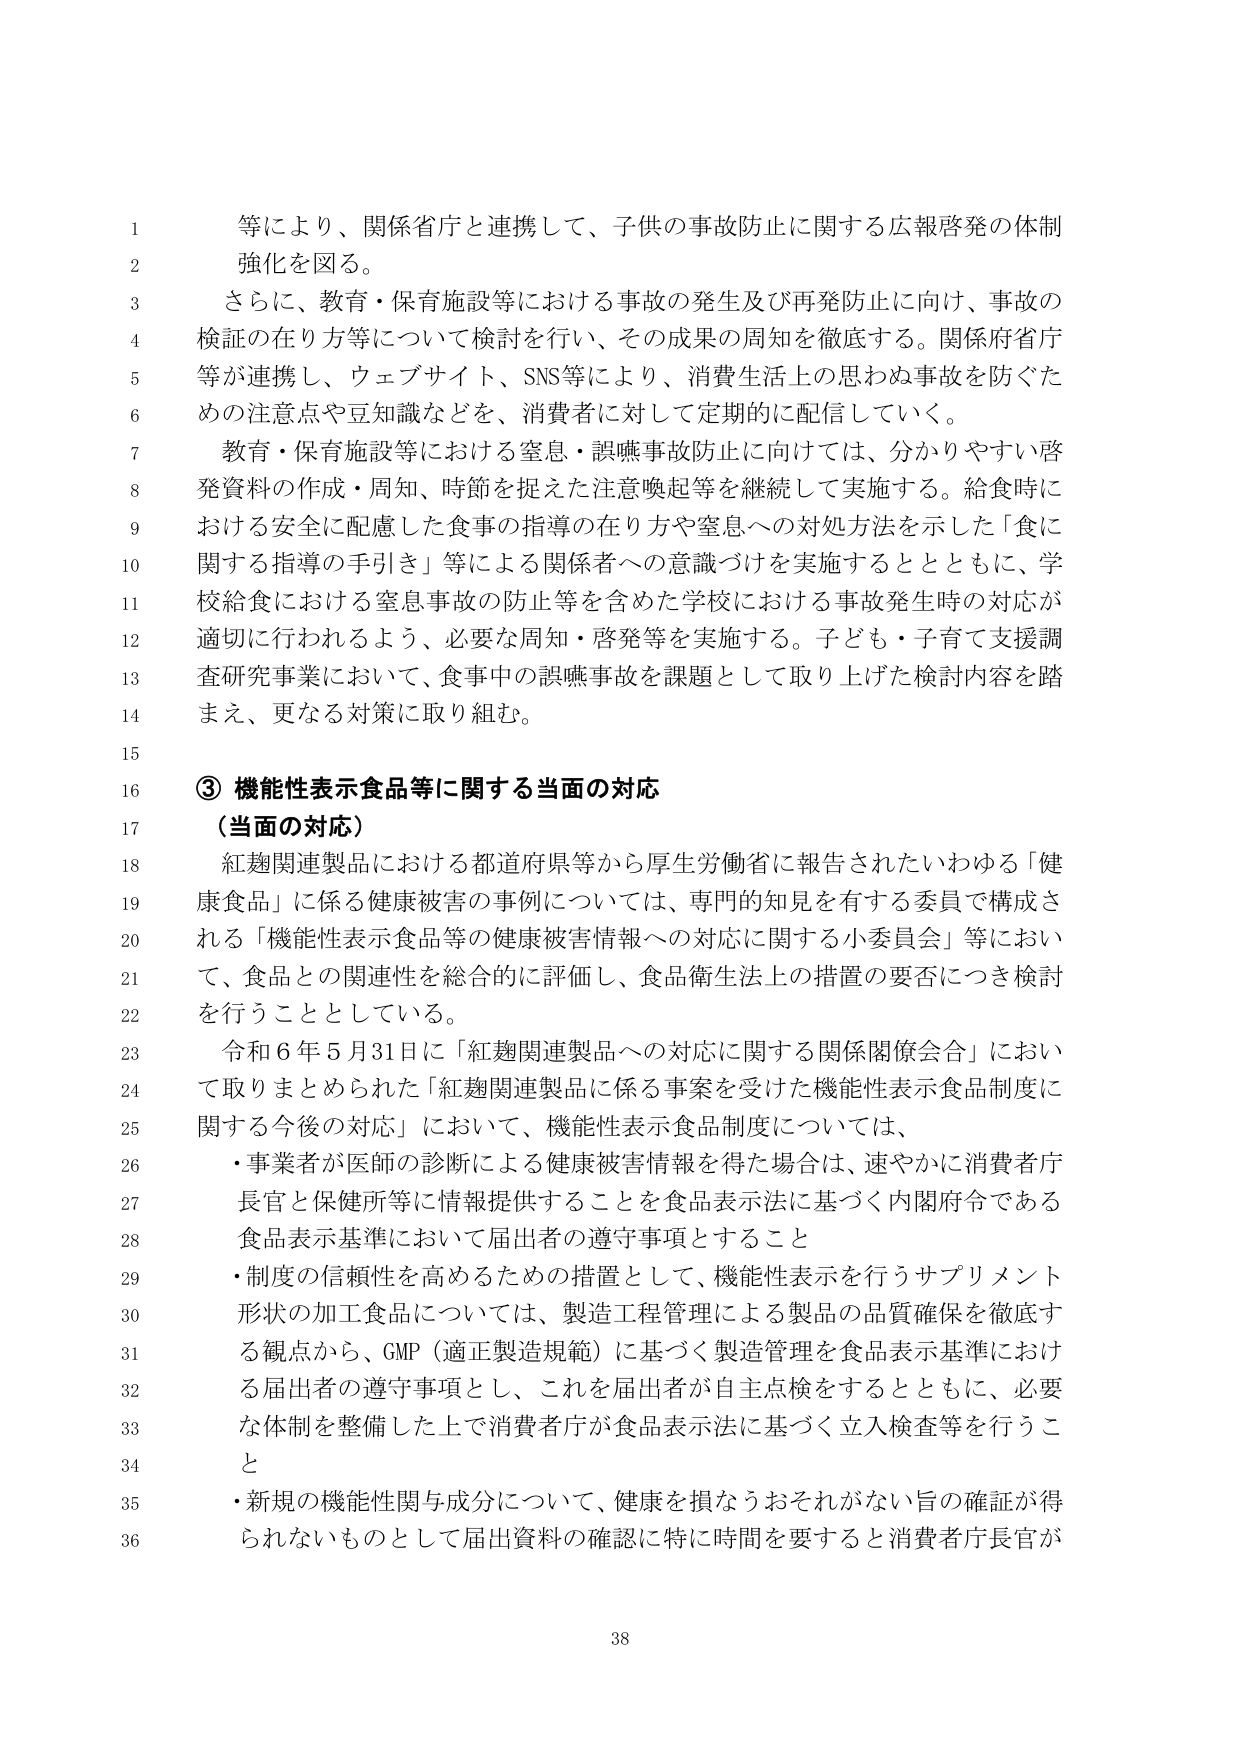
等により、関係省庁と連携して、子供の事故防止に関する広報啓発の体制強化を図る。

さらに、教育・保育施設等における事故の発生及び再発防止に向け、事故の検証の在り方等について検討を行い、その成果の周知を徹底する。関係府省庁等が連携し、ウェブサイト、SNS等により、消費生活上の思わぬ事故を防ぐための注意点や豆知識などを、消費者に対して定期的に配信していく。

教育・保育施設等における窒息・誤嚥事故防止に向けては、分かりやすい啓発資料の作成・周知、時節を捉えた注意喚起等を継続して実施する。給食時における安全に配慮した食事の指導の在り方や窒息への対処方法を示した「食に関する指導の手引き」等による関係者への意識づけを実施するとともに、学校給食における窒息事故の防止等を含めた学校における事故発生時の対応が適切に行われるよう、必要な周知・啓発等を実施する。子ども・子育て支援調査研究事業において、食事中の誤嚥事故を課題として取り上げた検討内容を踏まえ、更なる対策に取り組む。

③ 機能性表示食品等に関する当面の対応
（当面の対応）

紅麹関連製品における都道府県等から厚生労働省に報告されたいわゆる「健康食品」に係る健康被害の事例については、専門的知見を有する委員で構成される「機能性表示食品等の健康被害情報への対応に関する小委員会」等において、食品との関連性を総合的に評価し、食品衛生法上の措置の要否につき検討を行うこととしている。

令和６年５月31日に「紅麹関連製品への対応に関する関係閣僚会合」において取りまとめられた「紅麹関連製品に係る事案を受けた機能性表示食品制度に関する今後の対応」において、機能性表示食品制度については、

・事業者が医師の診断による健康被害情報を得た場合は、速やかに消費者庁長官と保健所等に情報提供することを食品表示法に基づく内閣府令である食品表示基準において届出者の遵守事項とすること

・制度の信頼性を高めるための措置として、機能性表示を行うサプリメント形状の加工食品については、製造工程管理による製品の品質確保を徹底する観点から、GMP（適正製造規範）に基づく製造管理を食品表示基準における届出者の遵守事項とし、これを届出者が自主点検をするとともに、必要な体制を整備した上で消費者庁が食品表示法に基づく立入検査等を行うこと

・新規の機能性関与成分について、健康を損なうおそれがない旨の確認が得られないものとして届出資料の確認に特に時間を要すると消費者庁長官が

38